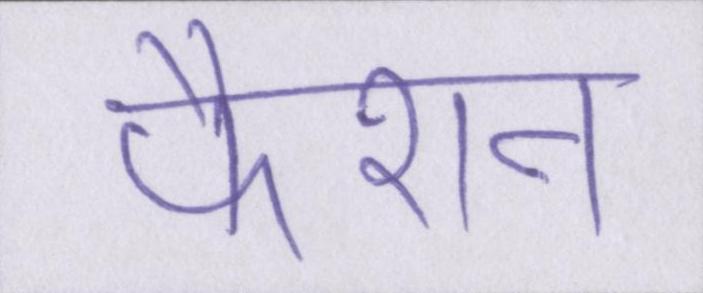
फैशन